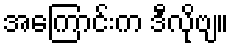
အကြောင်းက ဒီလိုဗျ။